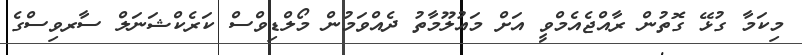
މިކަމާ ގުޅޭ ގޮތުން ރާއްޖެއެމްވީ އަށް މައުލޫމާތު ދެއްވަމުން މޯލްޑިވްސް ކަރެކްޝަނަލް ސާރވިސްގެ